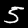
Label: 5